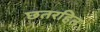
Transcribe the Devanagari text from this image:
छतरहित